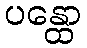
ပန္ထော